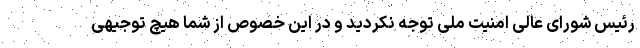
رئیس شورای عالی امنیت ملی توجه نکردید و در این خصوص از شما هیچ توجیهی